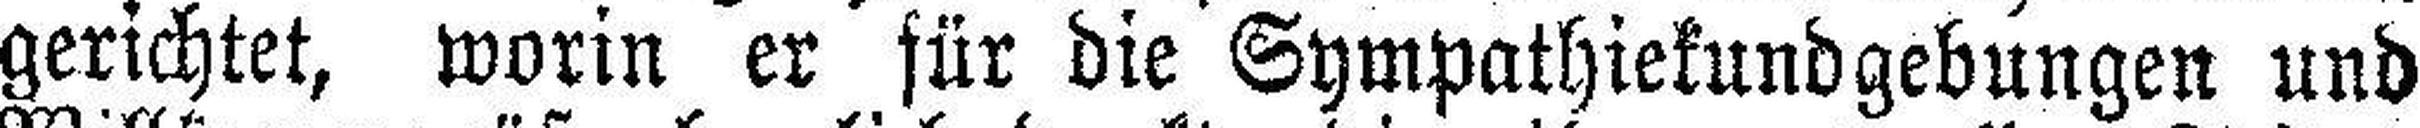
gerichtet, worin er für die Sympathiekundgebungen und